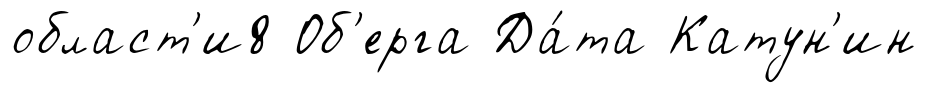
област'и8 Об'ерга Да́та Катун'ин